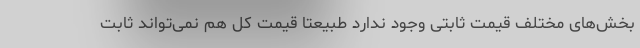
بخش‌های مختلف قیمت ثابتی وجود ندارد طبیعتا قیمت کل هم نمی‌تواند ثابت